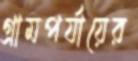
গ্রামপর্যায়ের